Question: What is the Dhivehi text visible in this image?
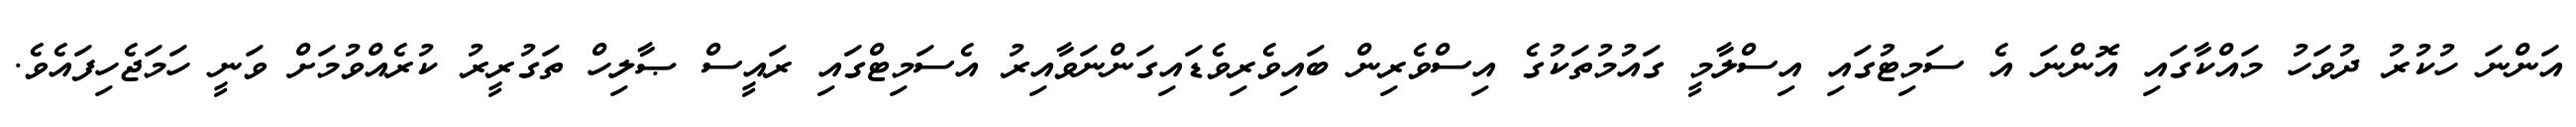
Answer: އަންނަ ހުކުރު ދުވަހު މައްކާގައި އޮންނަ އެ ސަމިޓުގައި އިސްލާމީ ގައުމުތަކުގެ އިސްވެރިން ބައިވެރިވެޑައިގަންނަވާއިރު އެސަމިޓްގައި ރައީސް ޞާލިހް ތަގުރީރު ކުރެއްވުމަށް ވަނީ ހަމަޖެހިފައެވެ.